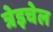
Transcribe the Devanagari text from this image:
त्रेइचेल